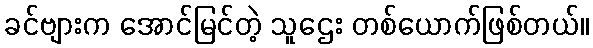
ခင်ဗျားက အောင်မြင်တဲ့ သူဌေး တစ်ယောက်ဖြစ်တယ်။